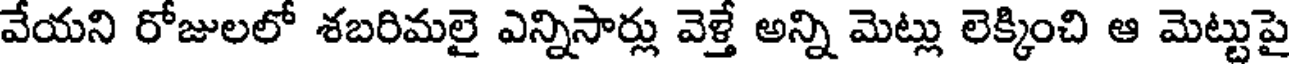
వేయని రోజులలో శబరిమలై ఎన్నిసార్లు వెళ్తే అన్ని మెట్లు లెక్కించి ఆ మెట్టుపై